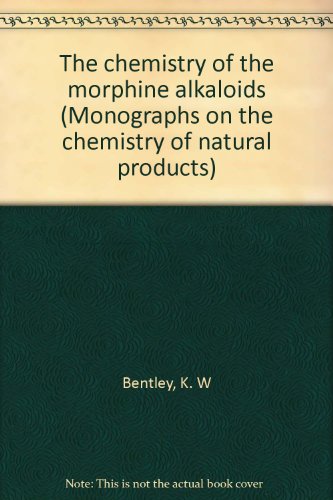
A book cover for The Chemistry of the Morphine Alkaloids (Monographs on the Chemistry of Natural Products); K. W. Bentley; Science & Math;